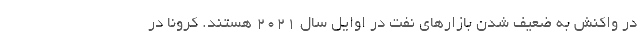
در واکنش به ضعیف شدن بازارهای نفت در اوایل سال ۲۰۲۱ هستند. کرونا در